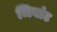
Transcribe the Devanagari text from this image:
जियांट